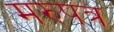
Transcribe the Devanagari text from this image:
मरुपत्र